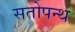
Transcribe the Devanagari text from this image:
सतोपन्थ